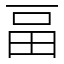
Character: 畐